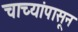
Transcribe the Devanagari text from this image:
चाच्यांपासून